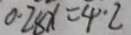
0 . 2 8 x = 4 \cdot 2